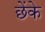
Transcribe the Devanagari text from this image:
छेंके